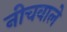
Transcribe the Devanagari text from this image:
नीचवाले